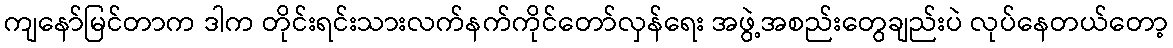
ကျနော်မြင်တာက ဒါက တိုင်းရင်းသားလက်နက်ကိုင်တော်လှန်ရေး အဖွဲ့အစည်းတွေချည်းပဲ လုပ်နေတယ်တော့